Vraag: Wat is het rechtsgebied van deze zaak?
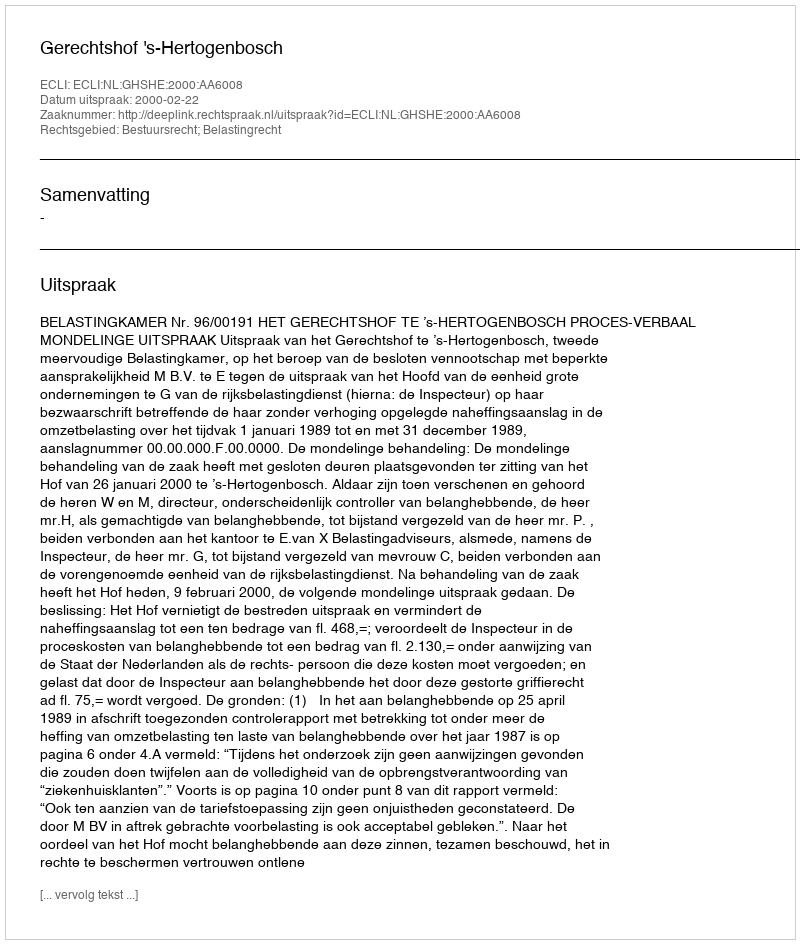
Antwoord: Bestuursrecht; Belastingrecht